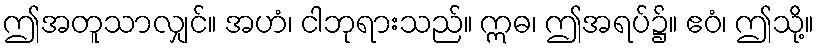
ဤအတူသာလျှင်။ အဟံ၊ ငါဘုရားသည်။ ဣဓ၊ ဤအရပ်၌။ ဧဝံ၊ ဤသို့။